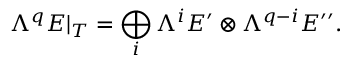
\Lambda ^ { q } E | _ { T } = \bigoplus _ { i } \Lambda ^ { i } E ^ { \prime } \otimes \Lambda ^ { q - i } E ^ { \prime \prime } .